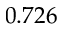
0 . 7 2 6